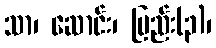
သာ၊ ဆောင်း၊ ပြည်း(၃)၊